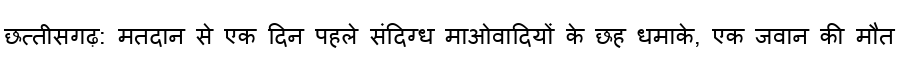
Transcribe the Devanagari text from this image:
छत्तीसगढ़: मतदान से एक दिन पहले संदिग्ध माओवादियों के छह धमाके, एक जवान की मौत